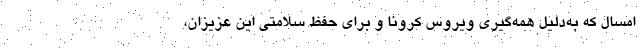
امسال که به‌دلیل همه‌گیری ویروس کرونا و برای حفظ سلامتی‌ این عزیزان،